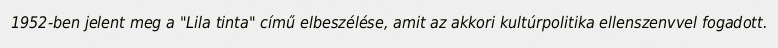
1952-ben jelent meg a "Lila tinta" című elbeszélése, amit az akkori kultúrpolitika ellenszenvvel fogadott.